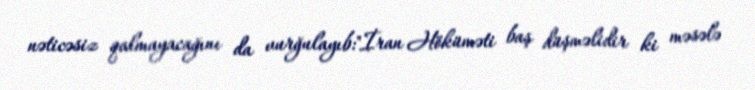
nəticəsiz qalmayacağını da vurğulayıb:"İran Höküməti baş düşməlidir ki məsələ